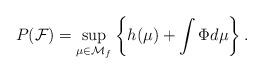
LaTeX: \begin{align*}P({\mathcal F}) = \sup\limits_{\mu \in {\mathcal M}_f}\left\{h(\mu) + \int\Phi{d\mu}\right\}.\end{align*}